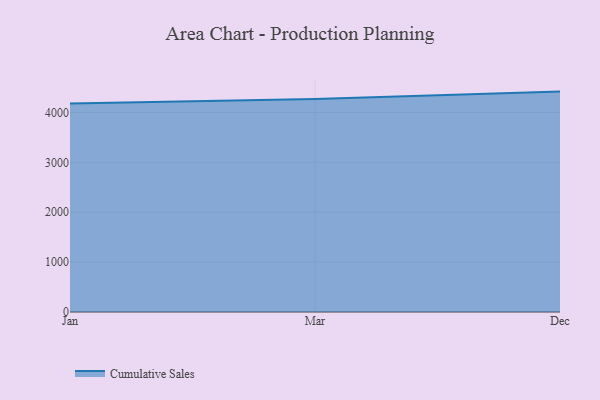
{"axis": {"x": "Month", "y": "Churn Rate (%)"}, "legend": ["Cumulative Sales"], "data": [{"x": "Jan", "y": 4181.2, "type": "Cumulative Sales"}, {"x": "Mar", "y": 4267.7, "type": "Cumulative Sales"}, {"x": "Dec", "y": 4418.5, "type": "Cumulative Sales"}]}